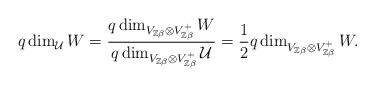
LaTeX: \begin{align*}q\dim_{\mathcal{U}}W=\frac{q\dim_{V_{\mathbb{Z}\beta}\otimes V_{\mathbb{Z}\beta}^{+}}W}{q\dim_{V_{\mathbb{Z}\beta}\otimes V_{\mathbb{Z}\beta}^{+}}\mathcal{U}}=\frac{1}{2}q\dim_{V_{\mathbb{Z}\beta}\otimes V_{\mathbb{Z}\beta}^{+}}W.\end{align*}